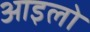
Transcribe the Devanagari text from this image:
आइलो